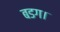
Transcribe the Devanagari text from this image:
बडग।